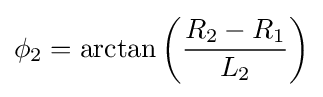
\phi _{2}=\arctan \left({R_{2}-R_{1} \over L_{2}}\right)